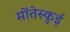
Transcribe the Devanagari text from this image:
मोंतेस्कुई